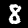
Digit: 8